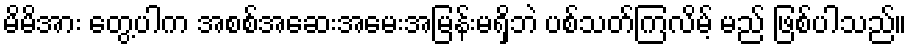
မိမိအား တွေ့ပါက အစစ်အဆေးအမေးအမြန်းမရှိဘဲ ပစ်သတ်ကြလိမ့် မည် ဖြစ်ပါသည်။